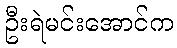
ဦးရဲမင်းအောင်က